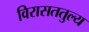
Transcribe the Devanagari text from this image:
विरासततुल्य